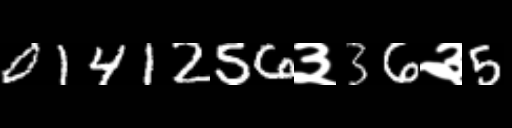
Text: 0141256३36३5